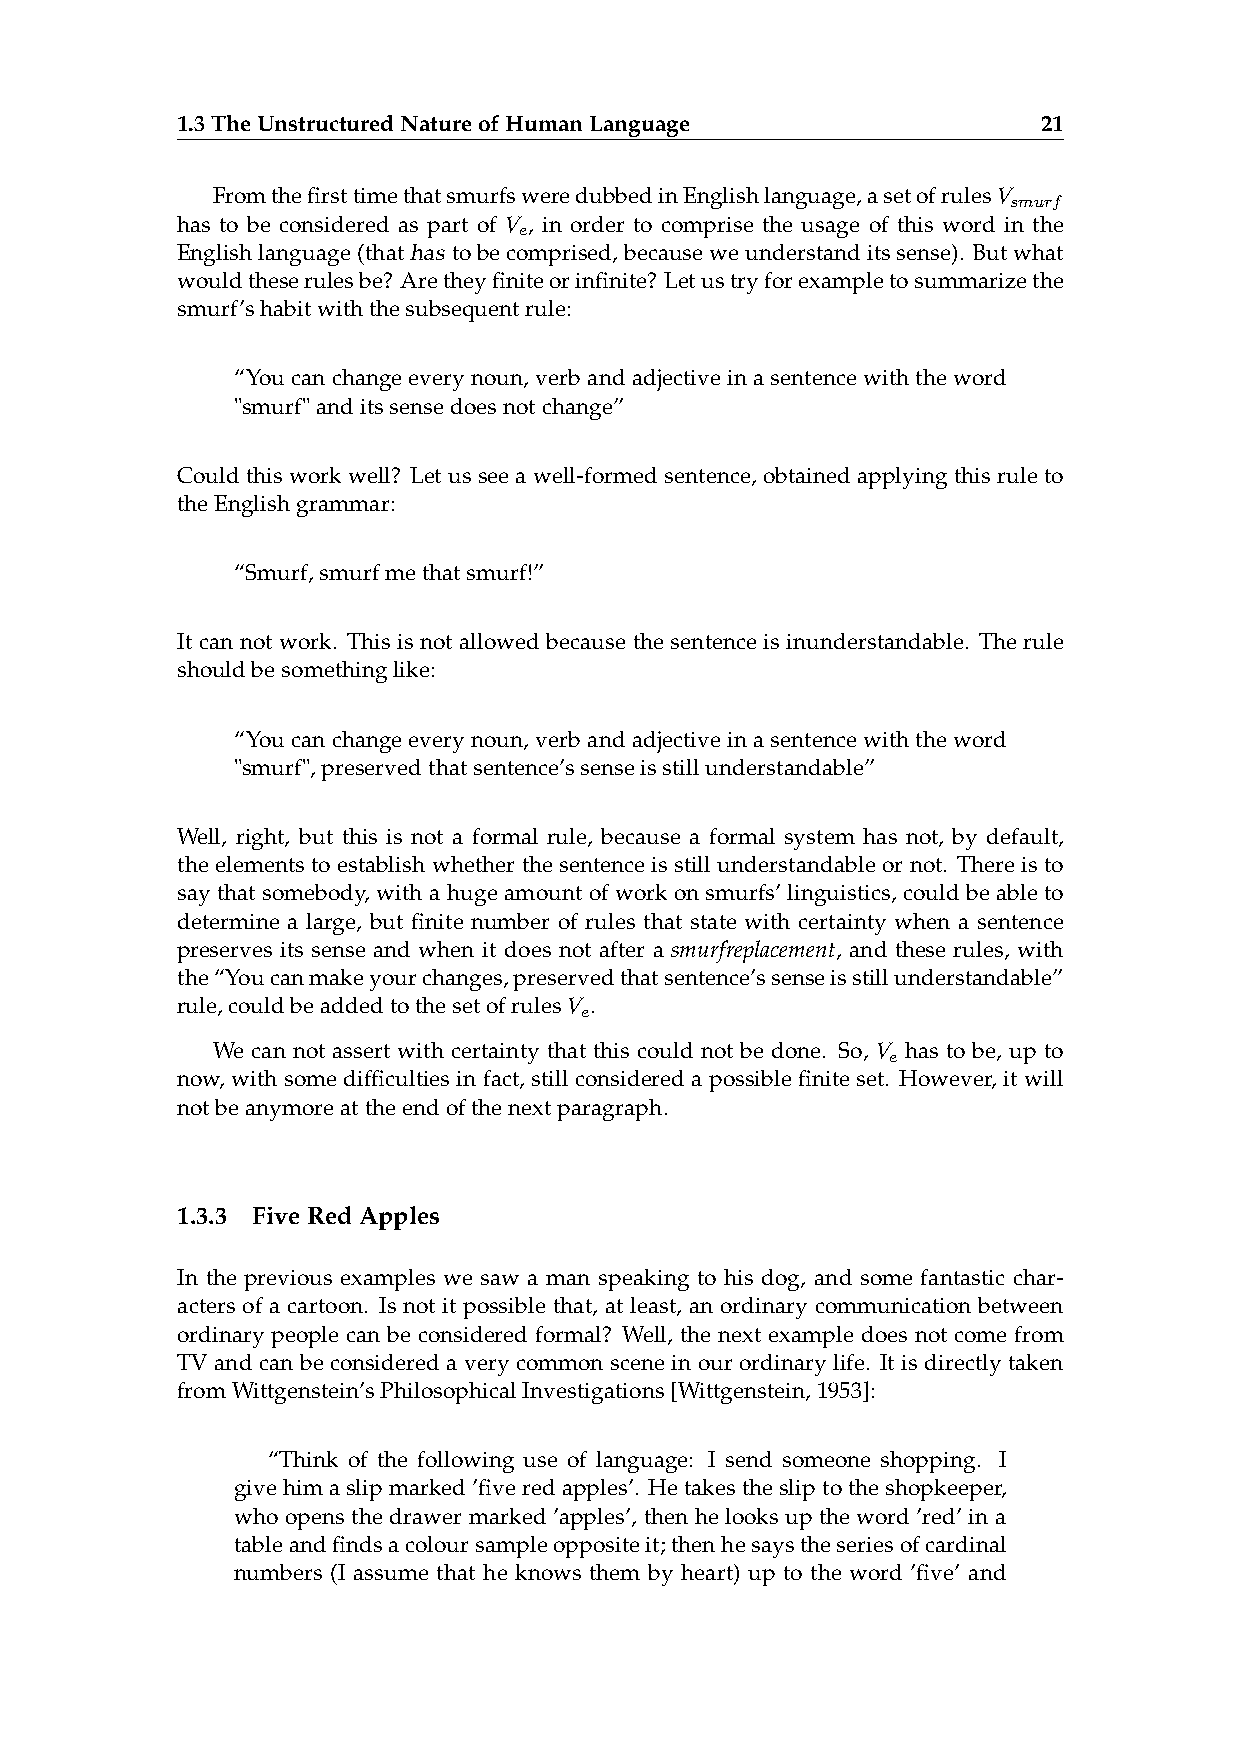
1.3TheUnstructuredNatureofHumanLanguage                  21
 FromthefirsttimethatsmurfsweredubbedinEnglishlanguage,asetofrulesV
 smurf
 has to be considered as part of V , in order to comprise the usage of this word in the
 e
 Englishlanguage(thathas tobecomprised,becauseweunderstanditssense). Butwhat
 wouldtheserulesbe? Aretheyfiniteorinfinite? Letustryforexampletosummarizethe
 smurf’shabitwiththesubsequentrule:
 “Youcanchangeeverynoun,verbandadjectiveinasentencewiththeword
 "smurf"anditssensedoesnotchange”
 Couldthis workwell? Letus seea well-formedsentence, obtainedapplying thisruleto
 theEnglishgrammar:
 “Smurf,smurfmethatsmurf!”
 It can not work. This is not allowed because the sentence is inunderstandable. The rule
 shouldbesomethinglike:
 “Youcanchangeeverynoun,verbandadjectiveinasentencewiththeword
 "smurf",preservedthatsentence’ssenseisstillunderstandable”
 Well, right, but this is not a formal rule, because a formal system has not, by default,
 the elements to establish whether the sentence is still understandable or not. There is to
 say that somebody, with a huge amount of work on smurfs’ linguistics, could be able to
 determine a large, but finite number of rules that state with certainty when a sentence
 preserves its sense and when it does not after a smurfreplacement, and these rules, with
 the“Youcanmakeyourchanges,preservedthatsentence’ssenseisstillunderstandable”
 rule,couldbeaddedtothesetofrulesV .
 e
 We can not assert with certainty that this could not be done. So, V has to be, up to
 e
 now, with some difficulties in fact, still considered a possible finite set. However, it will
 notbeanymoreattheendofthenextparagraph.
 1.3.3 FiveRedApples
 In the previous examples we saw a man speaking to his dog, and some fantastic char-
 acters of a cartoon. Is not it possible that, at least, an ordinary communication between
 ordinary people can be considered formal? Well, the next example does not come from
 TV and can be considered a very common scene in our ordinary life. It is directly taken
 fromWittgenstein’sPhilosophicalInvestigations[Wittgenstein,1953]:
 “Think of the following use of language: I send someone shopping. I
 givehimaslipmarked’fiveredapples’. Hetakesthesliptotheshopkeeper,
 who opens the drawer marked ’apples’, then he looks up the word ’red’ in a
 tableandfindsacoloursampleoppositeit;thenhesaystheseriesofcardinal
 numbers (I assume that he knows them by heart) up to the word ’five’ and